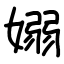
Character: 嫋